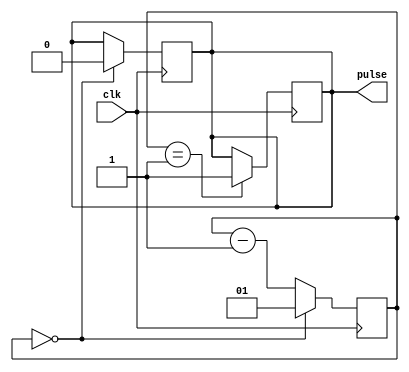
module falling_edge_pulse_generator (
    input wire clk,
    output reg pulse
);

reg [1:0] count;

always @ (posedge clk) begin
    if (count == 0)
        begin
            pulse <= 1'b0;
            count <= 2'b01;
        end
    else begin
        count <= count - 1;
    end
end

always @ (negedge clk) begin
    if (count == 1)
        begin
            pulse <= 1'b1;
        end
end

endmodule